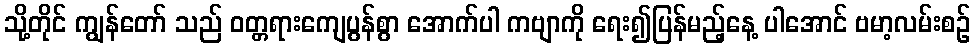
သို့တိုင် ကျွန်တော် သည် ဝတ္တရားကျေပွန်စွာ အောက်ပါ ကဗျာကို ရေး၍ပြန်မည့်နေ့ ပါအောင် ဗမာ့လမ်းစဉ်